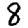
Digit: 8